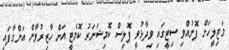
މަޖިލީހަށް ފޮނުއްވި ސިޓީގައި ވިދާޅުވީ ޕޮލިސް ކޮމިޝަނަރު ކޮމެޓީ އަށް ހާޒިރުވާން އަންގާފައި